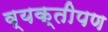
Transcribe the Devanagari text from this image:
व्यक्तीपण